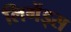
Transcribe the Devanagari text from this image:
लिगेंड्स